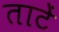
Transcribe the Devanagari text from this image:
ताटें